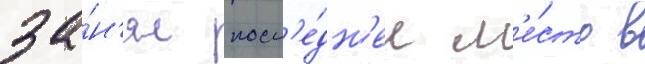
за́н'ял посл'е́дн'ее м'е́сто в